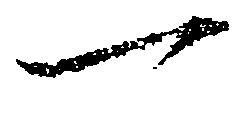
一